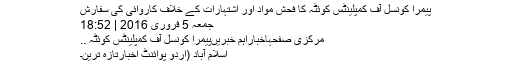
پیمرا کونسل آف کمپلینٹس کوئٹہ کا فحش مواد اور اشتہارات کے خلاف کاروائی کی سفارش
جمعہ 5 فروری 2016 | 18:52
مرکزی صفحہاخباراہم خبریںپیمرا کونسل آف کمپلینٹس کوئٹہ ..
اسلام آباد (اُردو پوائنٹ اخبارتازہ ترین۔